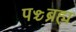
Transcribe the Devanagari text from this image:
पञ्चब्रह्म